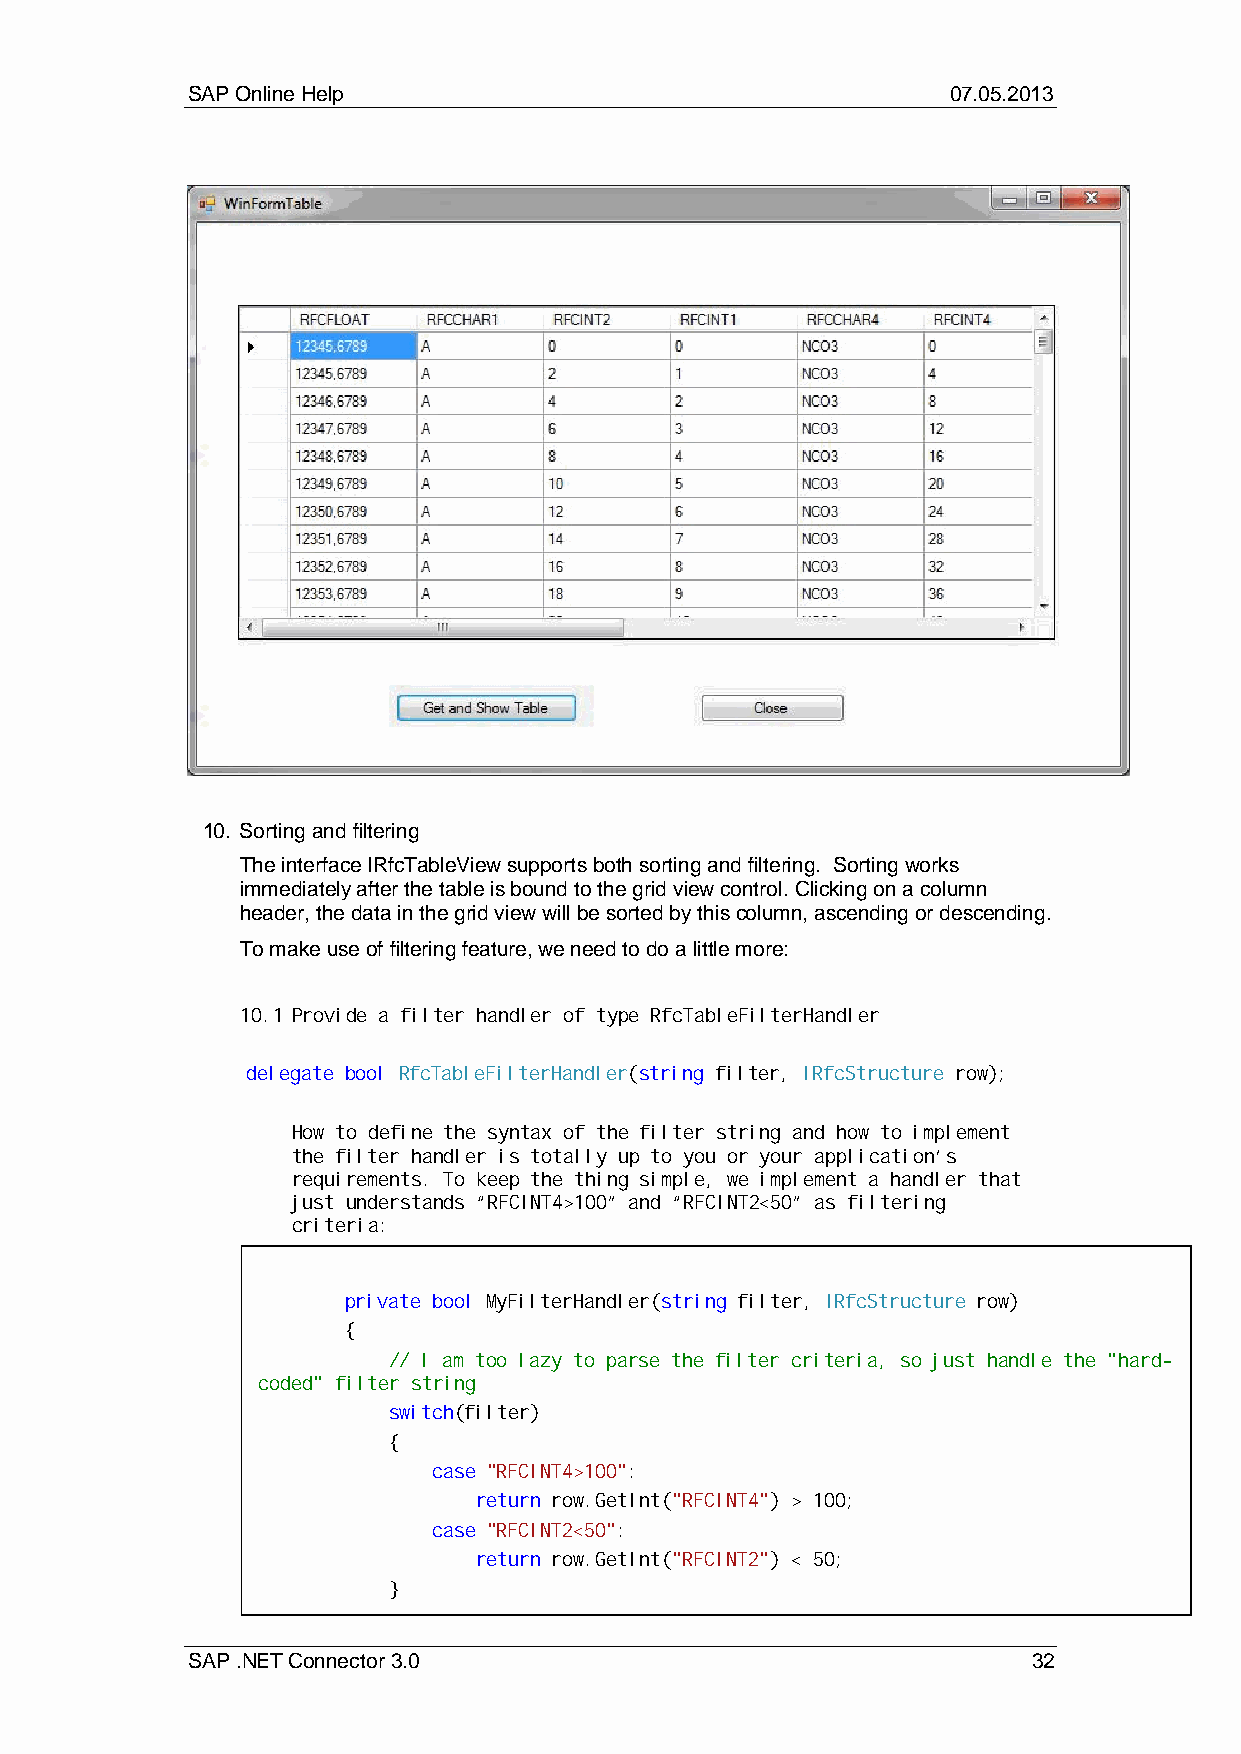
SAP Online Help                                    07.05.2013
 10. Sorting and filtering
 The interface IRfcTableView supports both sorting and filtering. Sorting works
 immediately after the table is bound to the grid view control. Clicking on a column
 header, the data in the grid view will be sorted by this column, ascending or descending.
 To make use of filtering feature, we need to do a little more:
 10.1 Provide a filter handler of type RfcTableFilterHandler
 delegate bool RfcTableFilterHandler(string filter, IRfcStructure row);
 How to define the syntax of the filter string and how to implement
 the filter handler is totally up to you or your application’s
 requirements. To keep the thing simple, we implement a handler that
 just understands “RFCINT4>100” and “RFCINT2<50” as filtering
 criteria:
 private bool MyFilterHandler(string filter, IRfcStructure row)
 {
 // I am too lazy to parse the filter criteria, so just handle the "hard-
 coded" filter string
 switch(filter)
 {
 case "RFCINT4>100":
 return row.GetInt("RFCINT4") > 100;
 case "RFCINT2<50":
 return row.GetInt("RFCINT2") < 50;
 }
 SAP .NET Connector 3.0                                  32